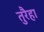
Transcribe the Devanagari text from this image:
तुरैहा